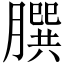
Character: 𦠆